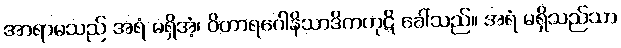
အာရာမသည် အရံ မရှိအံ့၊ ဝိဟာရဂေါနိသာဒိကကုဋိ ခေါ်သည်။ အရံ မရှိသည်သာ